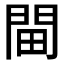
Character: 𨳸